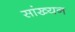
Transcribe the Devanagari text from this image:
सांख्यन